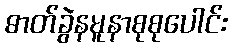
ဓာတ်ခွဲနမူနာစုစုပေါင်း